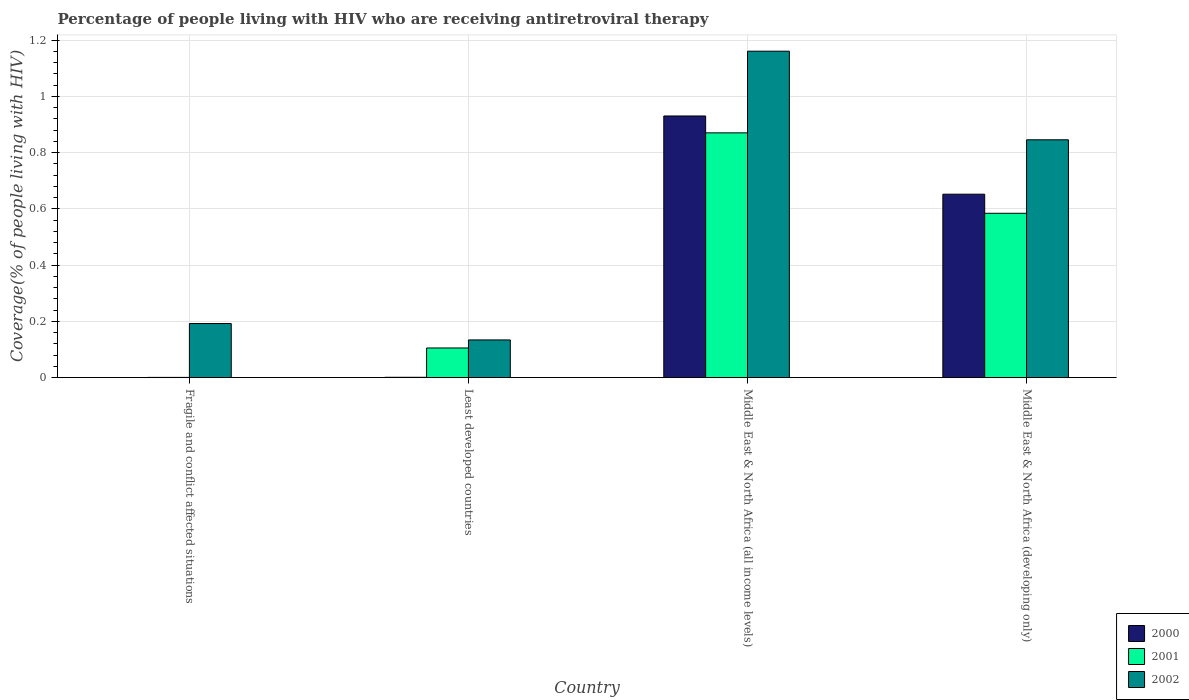
| Country | 2000 | 2001 | 2002 |
 | --- | --- | --- | --- |
 | Fragile and conflict affected situations | 0.000482 | 0.000945 | 0.192 |
 | Least developed countries | 0.00133 | 0.106 | 0.134 |
 | Middle East & North Africa (all income levels) | 0.93 | 0.87 | 1.16 |
 | Middle East & North Africa (developing only) | 0.652 | 0.584 | 0.846 |